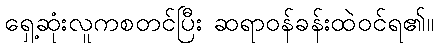
ရှေ့ဆုံးလူကစတင်ပြီး ဆရာဝန်ခန်းထဲဝင်ရ၏။